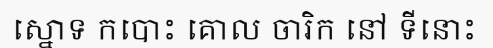
ស្នោទ កបោះ គោល ចារិក នៅ ទីនោះ